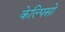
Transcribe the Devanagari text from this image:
केल्पिसो